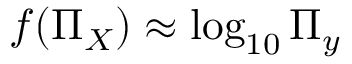
f ( \boldsymbol { \Pi } _ { X } ) \approx \log _ { 1 0 } \Pi _ { y }